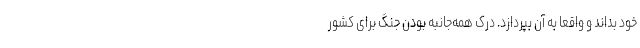
خود بداند و واقعا به آن بپردازد. درک همه‌جانبه‌ بودن جنگ برای کشور